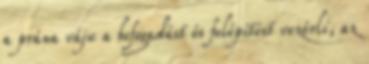
a prána váju a befogadást és felépítést vezérli, az